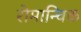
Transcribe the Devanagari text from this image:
रोमान्चिक